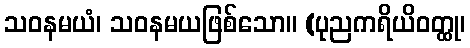
သဝနမယံ၊ သဝနမယဖြစ်သော။ (ပုညကရိယိဝတ္ထု၊